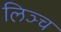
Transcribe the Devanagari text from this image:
लिञ्च